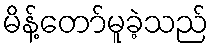
မိန့်တော်မူခဲ့သည်